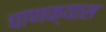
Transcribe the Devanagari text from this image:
चाणक्यास